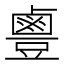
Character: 𪉣